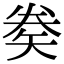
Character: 𥏇